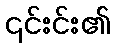
၎င်းင်း၏